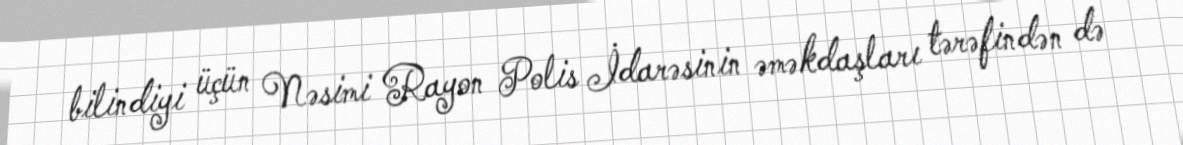
bilindiyi üçün Nəsimi Rayon Polis İdarəsinin əməkdaşları tərəfindən də